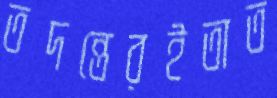
তদন্তেরইতাত